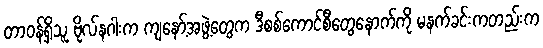
တာဝန်ရှိသူ ဗိုလ်နဂါးက ကျနော့်အဖွဲ့တွေက ဒီစစ်ကောင်စီတွေနောက်ကို မနက်ခင်းကတည်းက